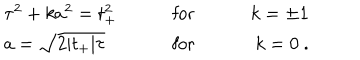
LaTeX: \begin{array} { l c r } { { \tau ^ { 2 } + k a ^ { 2 } = t _ { + } ^ { 2 } } } & { { \qquad \mathrm { f o r } \qquad } } & { { k = \pm 1 } } \\ { { a = \sqrt { 2 | t _ { + } | \tau } } } & { { \qquad \mathrm { f o r } \qquad } } & { { k = 0 \ . } } \\ \end{array}